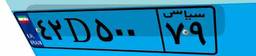
۴۲D۵۰۰۷۹